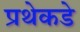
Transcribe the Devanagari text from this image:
प्रथेकडे